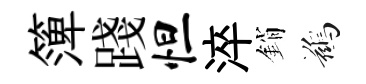
𥱼踐怛淬銷鷀